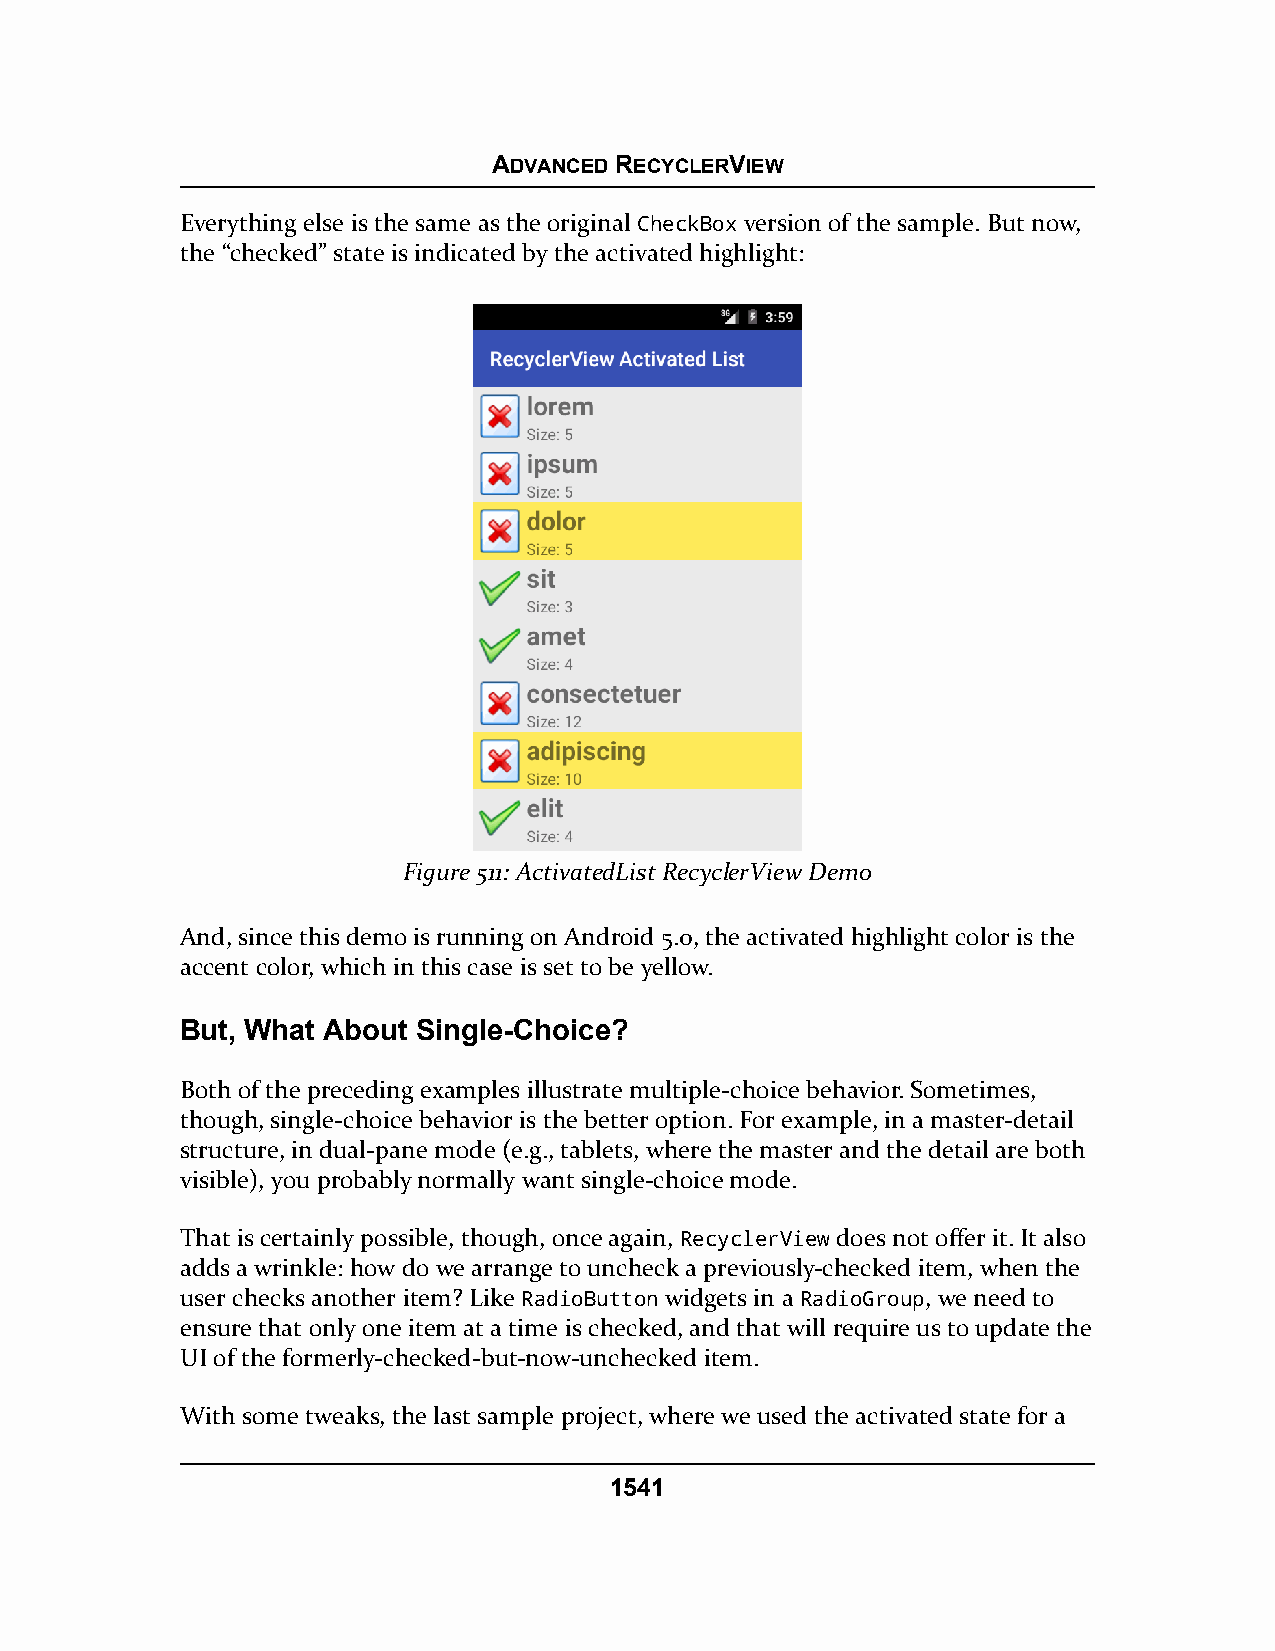
ADVANCED RECYCLERVIEW
 Everything else is the same as the original CheckBox version of the sample. But now,
 the “checked” state is indicated by the activated highlight:
 Figure 511: ActivatedList RecyclerView Demo
 And, since this demo is running on Android 5.0, the activated highlight color is the
 accent color, which in this case is set to be yellow.
 But, What About Single-Choice?
 Both of the preceding examples illustrate multiple-choice behavior. Sometimes,
 though, single-choice behavior is the better option. For example, in a master-detail
 structure, in dual-pane mode (e.g., tablets, where the master and the detail are both
 visible), you probably normally want single-choice mode.
 That is certainly possible, though, once again, RecyclerView does not offer it. It also
 adds a wrinkle: how do we arrange to uncheck a previously-checked item, when the
 user checks another item? Like RadioButton widgets in a RadioGroup, we need to
 ensure that only one item at a time is checked, and that will require us to update the
 UI of the formerly-checked-but-now-unchecked item.
 With some tweaks, the last sample project, where we used the activated state for a
 1541